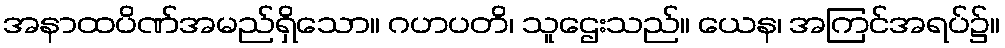
အနာထပိဏ်အမည်ရှိသော။ ဂဟပတိ၊ သူဌေးသည်။ ယေန၊ အကြင်အရပ်၌။